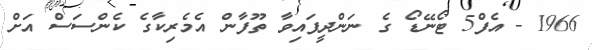
1966 - އެފް5 ޓޯނޭޑޯ ގެ ނަންދީފައިވާ ތޫފާން އެމެރިކާގެ ކެންސަސް އަށް